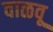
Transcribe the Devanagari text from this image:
वाळवू